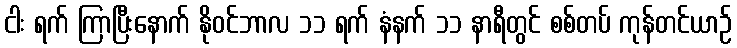
ငါး ရက် ကြာပြီးနောက် နိုဝင်ဘာလ ၁၁ ရက် နံနက် ၁၁ နာရီတွင် စစ်တပ် ကုန်တင်ယာဉ်